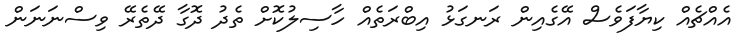
އެއްޗެއް ކިޔާފަވެސް އޭގެއިން ރަނގަޅު އިބްރަތެއް ހާސިލުކޮށް ތެދު ދޮޮގާ ދޭތެރޭ ވިސްނަނަން